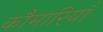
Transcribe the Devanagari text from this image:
कौमारियाँ